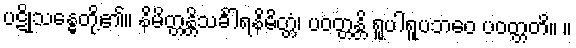
ပဋိုသန္ဓေတို့၏။ နိမိတ္တန္တိသင်္ခါရနိမိတ္တံ၊ ပဝတ္တန္တိ ရူပါရူပဘဝေ ပဝတ္တတိ။ ။